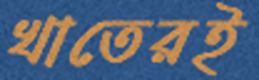
খাতেরই